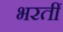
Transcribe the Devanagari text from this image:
भरतीं